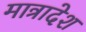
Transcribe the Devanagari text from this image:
मात्रादेश